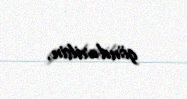
göndərilsin.